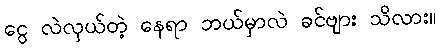
ငွေ လဲလှယ်တဲ့ နေရာ ဘယ်မှာလဲ ခင်ဗျား သိလား။